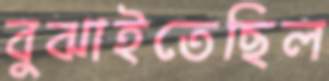
বুঝাইতেছিল